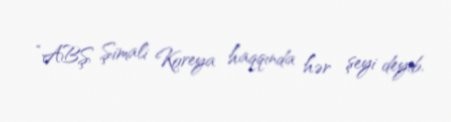
“ABŞ Şimali Koreya haqqında hər şeyi deyib.